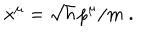
\dot { x } ^ { \mu } = \sqrt { h } \, p ^ { \mu } / m \; .